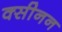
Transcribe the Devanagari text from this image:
क्सीनन